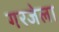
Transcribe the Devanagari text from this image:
गरजेला